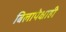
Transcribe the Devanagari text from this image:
बिलापेक्षाही